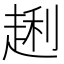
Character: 𲃎